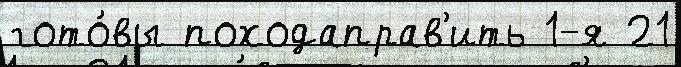
гото́вы походаправ'ить 1-я 21